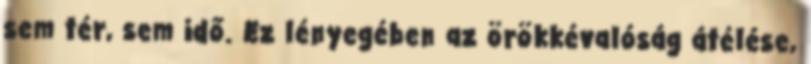
sem tér, sem idő. Ez lényegében az örökkévalóság átélése,